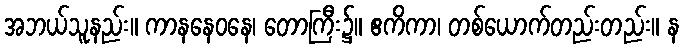
အဘယ်သူနည်း။ ကာနနေဝနေ၊ တောကြီး၌။ ဧကိကာ၊ တစ်ယောက်တည်းတည်း။ န